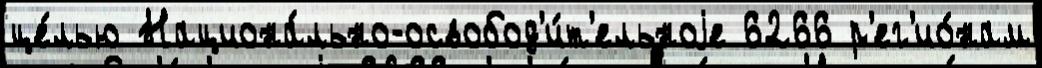
це́лью Национа́льно-освобод'и́т'ельноjе 6266 р'ег'ио́нам